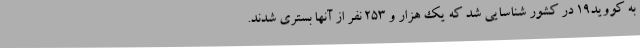
به کووید19 در کشور شناسایی شد که یک هزار و 253 نفر از آنها بستری شدند.